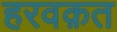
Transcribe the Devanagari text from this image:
हरवक़त